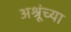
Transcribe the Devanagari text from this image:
अश्रूंच्या